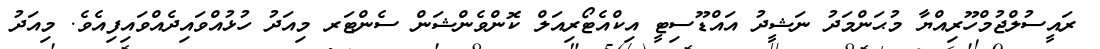
ރައީސުލްޖުމްހޫރިއްޔާ މުޙަންމަދު ނަޝީދު އައްޑޫސިޓީ އިކްއެޓޯރިއަލް ކޮންވެންޝަން ސެންޓަރ މިއަދު ހުޅުއްވައިދެއްވައިފިއެވެ. މިއަދު